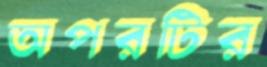
অপরটির